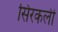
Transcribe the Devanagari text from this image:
सिरकली